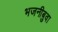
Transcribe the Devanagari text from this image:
भजनीबुवा